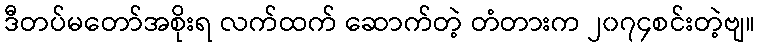
ဒီတပ်မတော်အစိုးရ လက်ထက် ဆောက်တဲ့ တံတားက ၂၀၇၄စင်းတဲ့ဗျ။